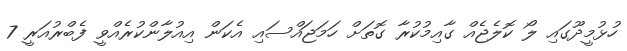
ހުޅުމީދޫގައި ލޯ ކޮލެޖެއް ގާއިމުކުރާ ގޮތަށް ހަމަޖައްސައި އެކަން އިއުލާންކުރެއްވީ ފެބްރުއަރީ 7